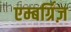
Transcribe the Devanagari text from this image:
एम्बर्ग्रिज़